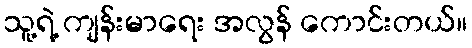
သူ့ရဲ့ ကျန်းမာရေး အလွန် ကောင်းတယ်။